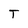
Character: T